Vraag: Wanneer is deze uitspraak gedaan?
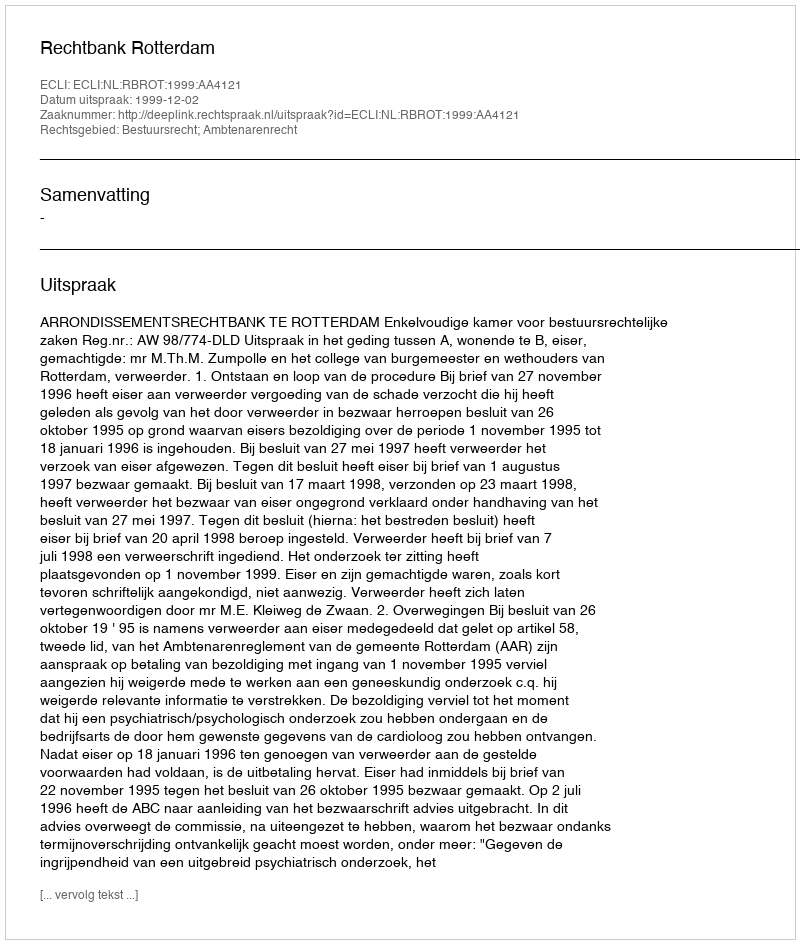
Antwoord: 1999-12-02